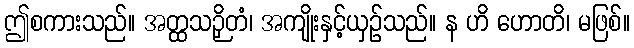
ဤစကားသည်။ အတ္ထသဉှိတံ၊ အကျိုးနှင့်ယှဉ်သည်။ န ဟိ ဟောတိ၊ မဖြစ်။